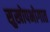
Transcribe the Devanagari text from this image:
सुखोपभोगात